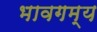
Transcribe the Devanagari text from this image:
भावगम्य